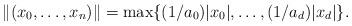
LaTeX: \begin{align*}\| (x_0, \ldots, x_n) \| = \max \{ (1/a_0)|x_0|, \ldots, (1/a_d)|x_d| \}.\end{align*}